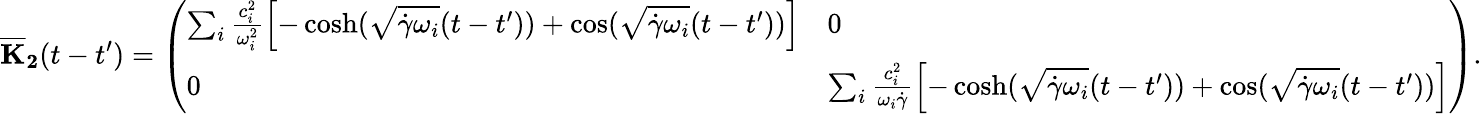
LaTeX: \mathbf{{\overline{{K}}_{2}}}(t-t^{\prime})=\left(\begin{array}{ll}{\sum_{i}\frac{c_{i}^{2}}{\omega_{i}^{2}}\Bigl[-\cosh(\sqrt{\dot{\gamma}\omega_{i}}(t-t^{\prime}))+\cos(\sqrt{\dot{\gamma}\omega_{i}}(t-t^{\prime}))\Bigr]}&{0}\\ {0}&{\sum_{i}\frac{c_{i}^{2}}{\omega_{i}\dot{\gamma}}\Bigl[-\cosh(\sqrt{\dot{\gamma}\omega_{i}}(t-t^{\prime}))+\cos(\sqrt{\dot{\gamma}\omega_{i}}(t-t^{\prime}))\Bigr]}\end{array}\right).